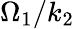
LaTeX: \Omega_{1}/k_{2}